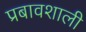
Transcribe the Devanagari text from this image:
प्रबावशाली